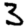
Digit: 3